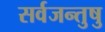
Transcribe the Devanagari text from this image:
सर्वजन्तुषु